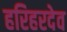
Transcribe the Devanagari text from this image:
हरिहरदेव